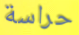
حراسة